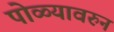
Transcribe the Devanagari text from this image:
पोळ्यावरुन